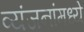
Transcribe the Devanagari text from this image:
व्यंजनांमध्ये